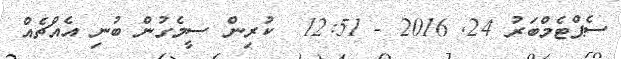
ސެޕްޓެމްބަރު 24